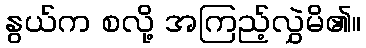
နွယ်က စလို့ အကြည့်လွှဲမိ၏။